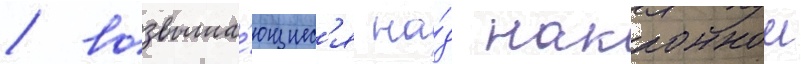
/ возвыша́ющиес'я на́д наклоннои